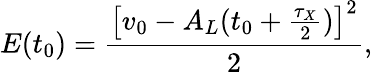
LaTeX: E(t_{0})=\frac{\big[v_{0}-A_{L}(t_{0}+\frac{\tau_{X}}{2})\big]^{2}}{2},